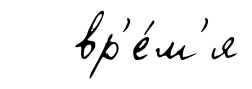
вр'е́м'я